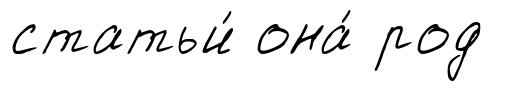
статьи́ она́ род